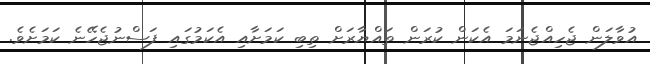
އުވާލަން ޖެހިއްޖެނަމަ އެކަން ކުރަން ތައްޔާރަށް ތިބި ކަމަށާއި އެކަމުގައި ފަސްނުޖެހޭނެ ކަމަށެވެ.